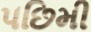
પછિમી